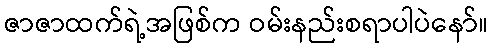
ဇာဇာထက်ရဲ့အဖြစ်က ဝမ်းနည်းစရာပါပဲနော်။